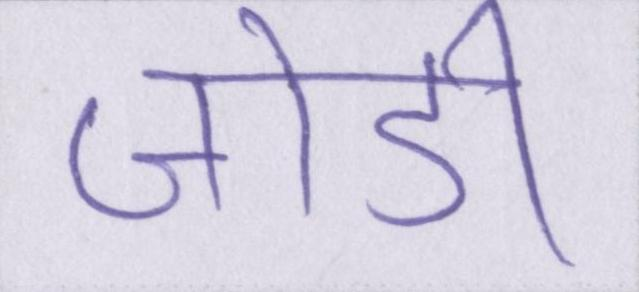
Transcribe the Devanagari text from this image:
जोडी